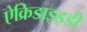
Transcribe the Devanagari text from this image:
ऐक्रिडाइइडी